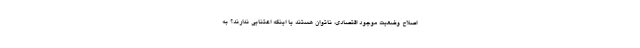
اصلاح وضعیت موجود اقتصادی، ناتوان هستند یا اینکه اعتنایی ندارند؟ به